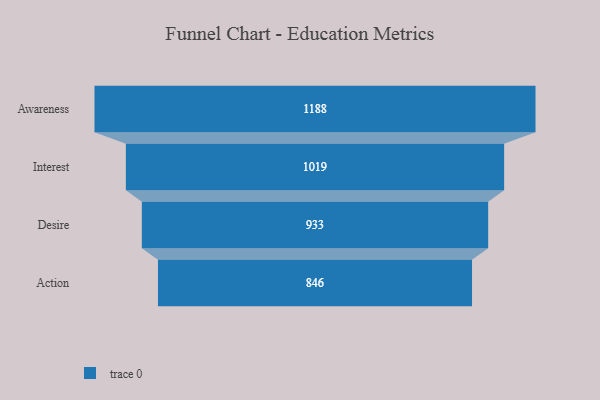
{"axis": {"x": "Stage", "y": "Value"}, "legend": [""], "data": [{"x": "Awareness", "y": 1188.0, "type": ""}, {"x": "Interest", "y": 1019.0, "type": ""}, {"x": "Desire", "y": 933.0, "type": ""}, {"x": "Action", "y": 846.0, "type": ""}]}